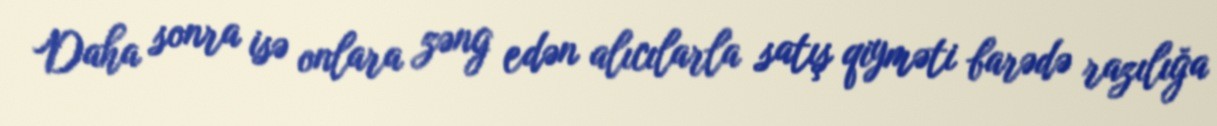
Daha sonra isə onlara zəng edən alıcılarla satış qiyməti barədə razılığa